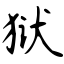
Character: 狱